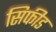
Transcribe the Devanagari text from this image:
सिफीड